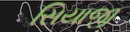
સિયાજી